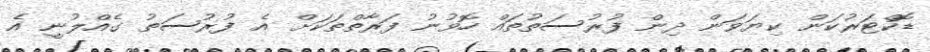
ޑޮކްޓަރުކަން ކިޔަވަން ދިން ފުރުސަތުތައް ހޮވުނު ފަރާތްތަކަށް އެ ފުރުސަތު ގެއްލުނީ އެ